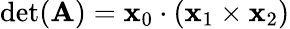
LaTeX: \operatorname*{det}(\mathbf{A})=\mathbf{x}_{0}\cdot(\mathbf{x}_{1}\times\mathbf{x}_{2})